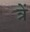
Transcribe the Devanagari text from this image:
त्रें